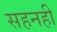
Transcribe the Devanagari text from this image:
सहनही